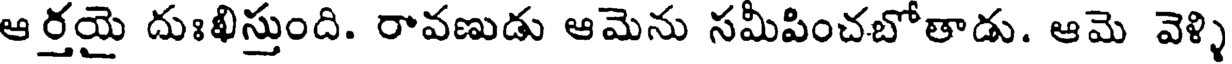
ఆర్తయై దుఃఖిస్తుంది. రావణుడు ఆమెను సమీపించబోతాడు. ఆమె వెళ్ళి